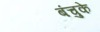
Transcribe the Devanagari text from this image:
बंचुके